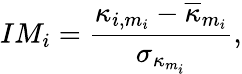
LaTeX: IM_{i}=\frac{\kappa_{i,m_{i}}-\overline{{\kappa}}_{m_{i}}}{\sigma_{\kappa_{m_{i}}}},